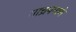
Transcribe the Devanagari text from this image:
याच्रपमाणे